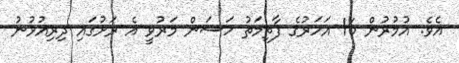
އެވެ. އުމުރުން 16 އަހަރުގެ ފާތިމަތު ހަސަން މަރުވީ އެ ރަށުގައި ދިރިއުޅުނު